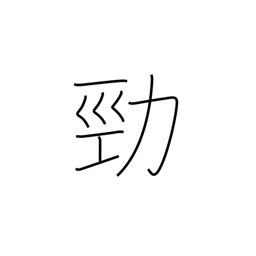
Meaning: strong